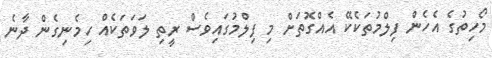
މޯހިތުގެ އެހެން ފިލްމުތަކެކޭ އެއްގޮތަށް މި ފިލްމުގައިވެސް ރީތި ލަވަތަކެއް ހިމެނިގެން ދާނެ